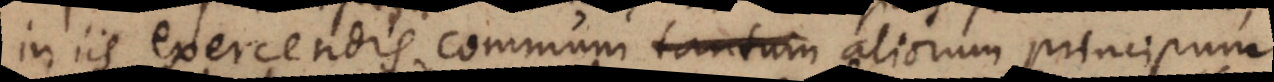
in iis exercendis communi tantum aliorum principum